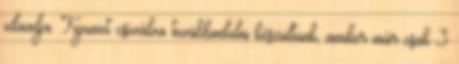
odaadja. Fejemet csóválva továbbindulni készültünk, amikor már csak 3